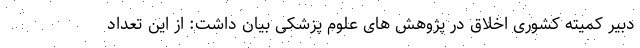
دبیر کمیته کشوری اخلاق در پژوهش های علوم پزشکی بیان داشت: از این تعداد